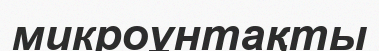
микроұнтақты